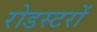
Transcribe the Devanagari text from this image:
रोडस्टरों